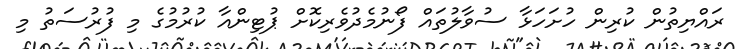
ރައްޔިތުން ކުރިން ހުށަހަޅާ ސުވާލުތައް ފޯނުމެދުވެރިކޮށް ޕުޓިންއާ ކުރުމުގެ މި ފުރުސަތު މި